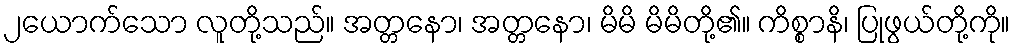
၂ယောက်သော လူတို့သည်။ အတ္တနော၊ အတ္တနော၊ မိမိ မိမိတို့၏။ ကိစ္စာနိ၊ ပြုဖွယ်တို့ကို။